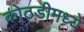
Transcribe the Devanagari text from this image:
कोठडीमध्ये